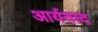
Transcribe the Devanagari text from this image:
आर्यवाद